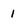
Character: 1